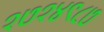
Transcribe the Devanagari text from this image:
१७१४९८७